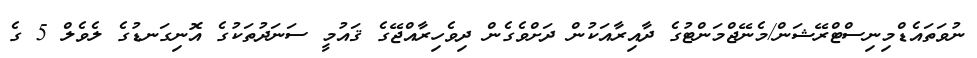
ނުވަތައެޑްމިނިސްޓްރޭޝަން/މެނޭޖްމަންޓުގެ ދާއިރާއަކުން ދަށްވެގެން ދިވެހިރާއްޖޭގެ ޤައުމީ ސަނަދުތަކުގެ އޮނިގަނޑުގެ ލެވެލް 5 ގެ